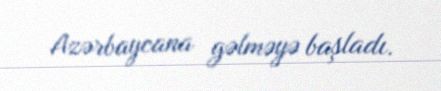
Azərbaycana gəlməyə başladı.